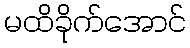
မထိခိုက်အောင်